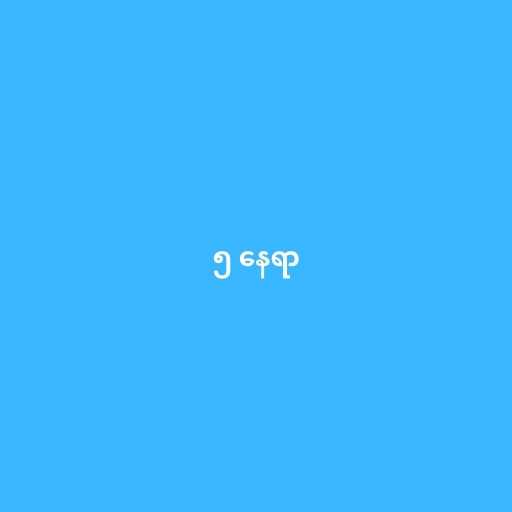
၅ နေရာ